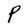
Character: P